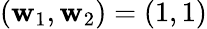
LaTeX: (\mathbf{w}_{1},\mathbf{w}_{2})=(1,1)